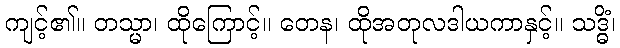
ကျင့်၏။ တသ္မာ၊ ထိုကြောင့်။ တေန၊ ထိုအတုလဒါယကာနှင့်။ သဒ္ဓိံ၊